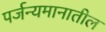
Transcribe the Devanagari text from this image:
पर्जन्यमानातील